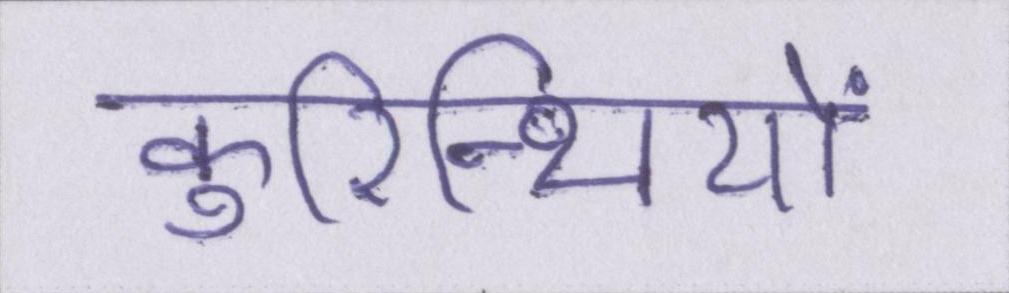
कुरिन्थियों